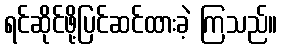
ရင်ဆိုင်ဖို့ပြင်ဆင်ထားခဲ့ ကြသည်။